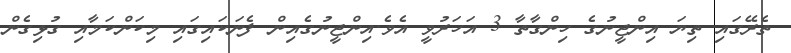
ތެރޭގައި ތިޔަ އިންޖީނުގެ ހިންގާތާ 3 އަހަރުވީ އެވެ.އިންޖީނުގެއިން ފެނަކައިގައި މިކަންކަމާއި ގުޅިގެން